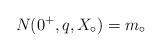
LaTeX: \begin{align*}N(0^+,q,X_\circ) = m_\circ\end{align*}